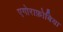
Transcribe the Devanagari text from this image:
एगोराफ़ोबिया